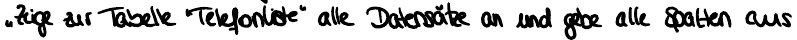
Zeige zur Tabelle "Telefonliste" alle Datensätze an und gebe alle Spalten aus